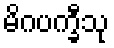
မိဂပက္ခီသု